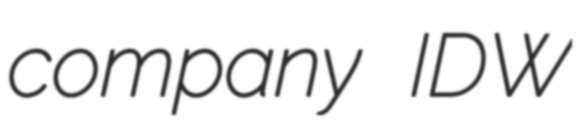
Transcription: company IDW